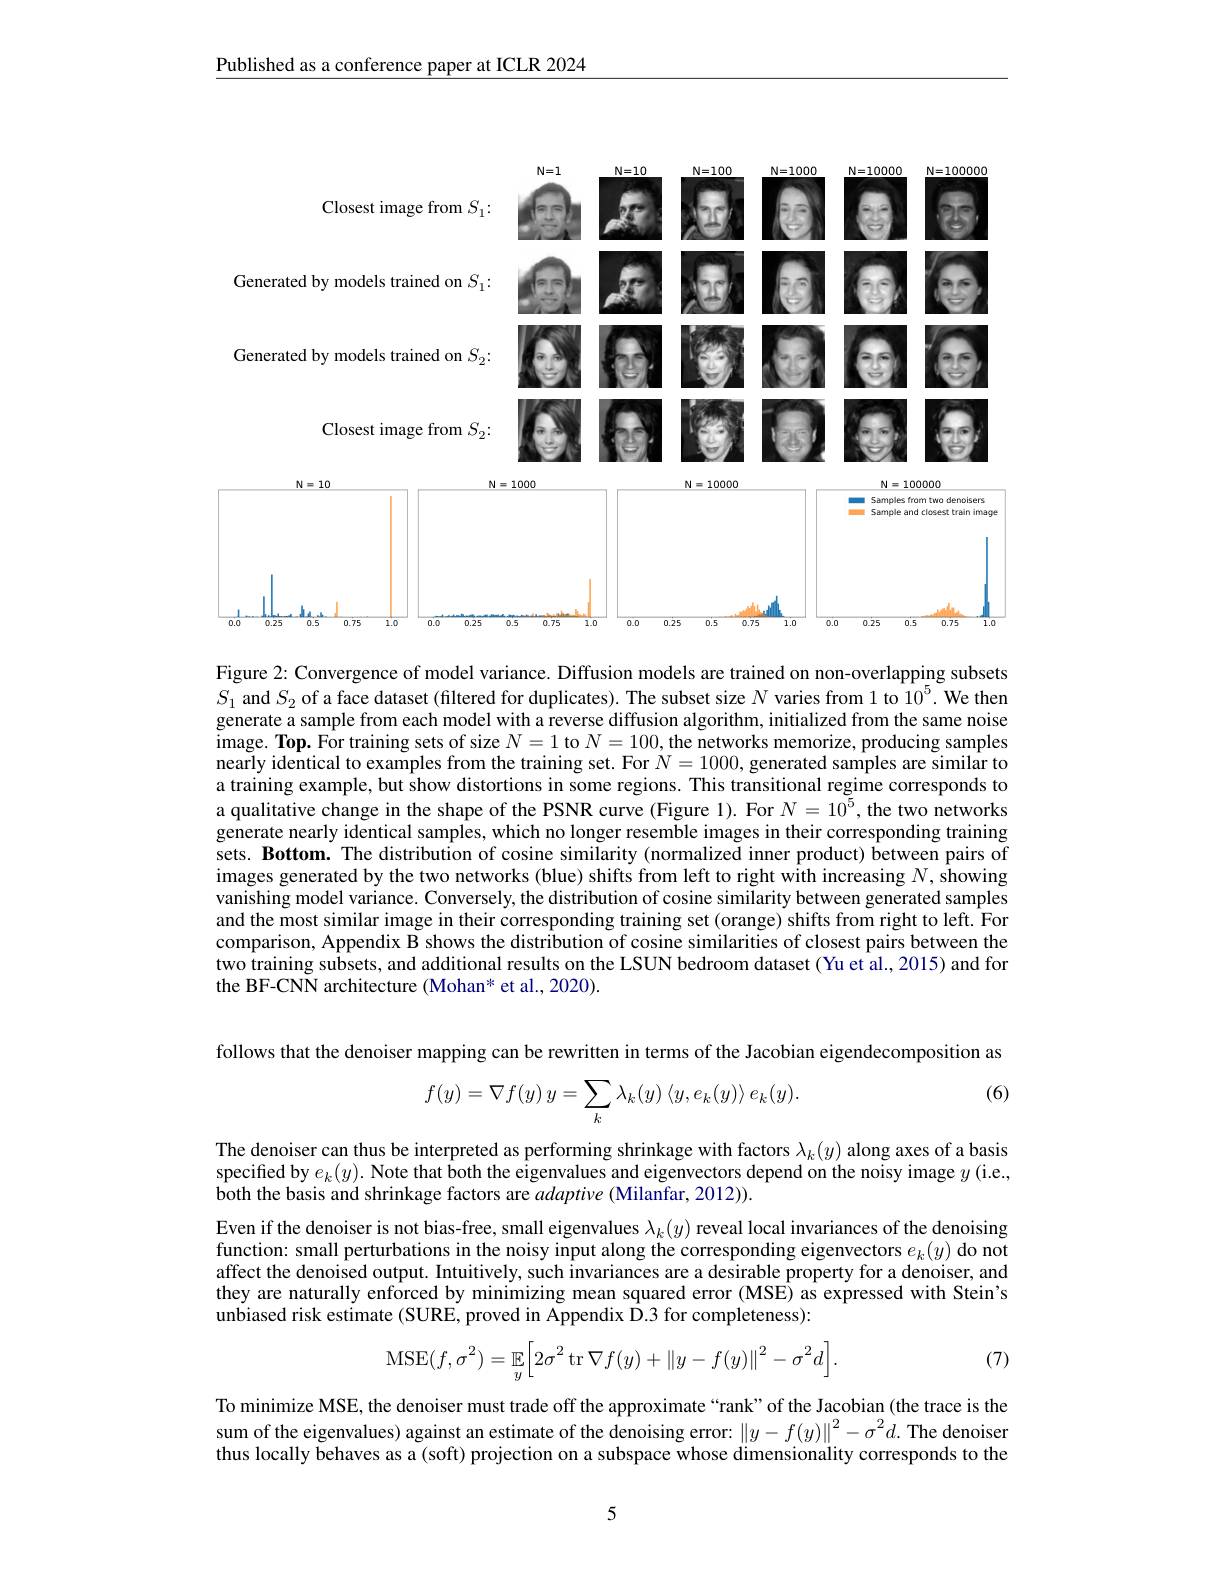
Published as a conference paper at ICLR 2024

<FigureHere>

Figure 2: Convergence of model variance. Diffusion models are trained on non-overlapping subsets $S_1$ and $S_2$ of a face dataset (filtered for duplicates). The subset size $N$ varies from 1 to $10^5.$ We then generate a sample from each model with a reverse diffusion algorithm, initialized from the same noise $\tilde{\text{image. Top. For training sets of size }N=1\text{ to }N=100,\text{the networks memorize, producing samples}}$ nearly identical to examples from the training set. For $N=1000$, generated samples are similar to a training example, but show distortions in some regions. This transitional regime corresponds to a qualitative change in the shape of the PSNR curve (Figure 1). For $N=10^5$, the two networks generate nearly identical samples, which no longer resemble images in their corresponding training sets. Bottom. The distribution of cosine similarity (normalized inner product) between pairs of images generated by the two networks (blue) shifts from left to right with increasing $N,\hat{\text{showing}}$ vanishing model variance. Conversely, the distribution of cosine similarity between generated samples and the most similar image in their corresponding training set (orange) shifts from right to left. For comparison, Appendix B shows the distribution of cosine similarities of closest pairs between the two training subsets, and additional results on the LSUN bedroom dataset (Yu et al., 2015) and for the BF-CNN architecture (Mohan* et al., 2020)

follows that the denoiser mapping can be rewritten in terms of the Jacobian eigendecomposition as
## (6)
$$f(y)=\nabla f(y)\:y=\sum_{k}\lambda_{k}(y)\:\langle y,e_{k}(y)\rangle\:e_{k}(y).$$
The denoiser can thus be interpreted as performing shrinkage with factors $\lambda_k(y)$ along axes of a basis specified by $e_k(y).$ Note that both the eigenvalues and eigenvectors depend on the noisy image $y$ (i.e., both the basis and shrinkage factors are $adaptive(\tilde{\text{Milanfar, 2012))}}$

Even if the denoiser is not bias-free, small eigenvalues $\lambda_k(y)$ reveal local invariances of the denoising function: small perturbations in the noisy input along the corresponding eigenvectors $e_k(y)$ do not affect the denoised output. Intuitively, such invariances are a desirable property for a denoiser, and they are naturally enforced by minimizing mean squared error (MSE) as expressed with Stein's unbiased risk estimate (SURE, proved in Appendix D.3 for completeness):
$$\mathrm{MSE}(f,\sigma^2)=\mathbb{E}_y\Bigl[2\sigma^2\operatorname{tr}\nabla f(y)+\left\|y-f(y)\right\|^2-\sigma^2d\Bigr].$$
(7)

To minimize MSE, the denoiser must trade off the approximate “rank”of the Jacobian (the trace is the sum of the eigenvalues) against an estimate of the denoising error: $\|y-f(y)\|^2-\sigma^2d.$ The denoiser thus locally behaves as a (soft) projection on a subspace whose dimensionality corresponds to the

5